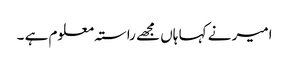
امیر نے کہا ہاں مجھے راستہ معلوم ہے ۔